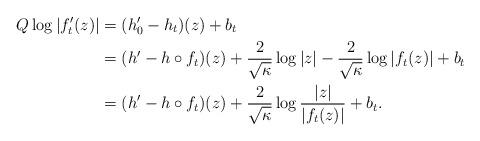
LaTeX: \begin{align*} Q\log |f_t'(z)| &= (h_0' - h_t)(z) + b_t \\&= (h' - h\circ f_t)(z) + \frac{2}{\sqrt \kappa}\log|z| - \frac{2}{\sqrt \kappa} \log |f_t(z)| + b_t \\&= (h' - h\circ f_t)(z) + \frac{2}{\sqrt \kappa}\log \frac{|z|}{|f_t(z)|} + b_t.\end{align*}